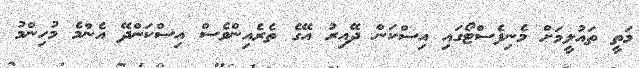
މަތީ ތައުލީމަށް މެނިފެސްޓޯގައި އިސްކަން ދޭއިރު އޭގެ ތެރެއިންވެސް އިސްކަންދޭ އެންމެ މުހިންމު